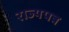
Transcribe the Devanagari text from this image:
राज्यपत्र